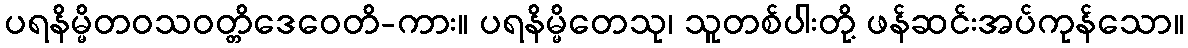
ပရနိမ္မိတဝသဝတ္တိဒေဝေတိ-ကား။ ပရနိမ္မိတေသု၊ သူတစ်ပါးတို့ ဖန်ဆင်းအပ်ကုန်သော။